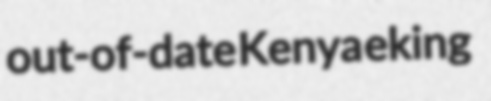
out-of-date Kenya eking